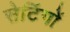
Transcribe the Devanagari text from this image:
सेटिंगों